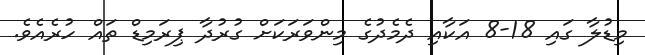
މިޑުލާ ގައި 18-8 އަކާއި ދެމެދުގެ މިންވަރަކަށް ގުރުދާ ޕިރަމިޑް ތައް ހުރެއެވެ.